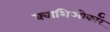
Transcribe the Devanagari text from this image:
क्वाशिओर्कॉर